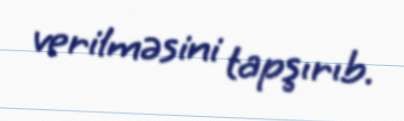
verilməsini tapşırıb.